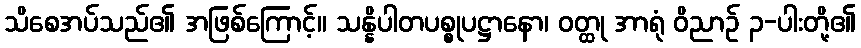
သိစေအပ်သည်၏ အဖြစ်ကြောင့်။ သန္နိပါတပစ္စုပဋ္ဌာနော၊ ဝတ္ထု အာရုံ ဝိညာဉ် ၃-ပါးတို့၏